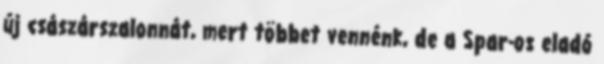
új császárszalonnát, mert többet vennénk, de a Spar-os eladó